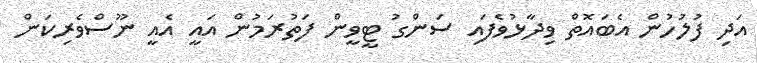
އަދި ފުލުހުން އެބައޮތް ވިދާޅުވެފައި ސަންގު ޓީވީން ފަތުރަމުން އައީ އެއީ ނޫސްވެރިކަން